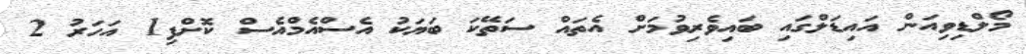
މޯލްޑިވިއަން އައިޑަލްގައި ބައިވެރިވުމަށް އެތައް ސަތޭކަ ބަޔަކު އެސްއެމްއެސް ކޮށްފި1 އަހަރު 2